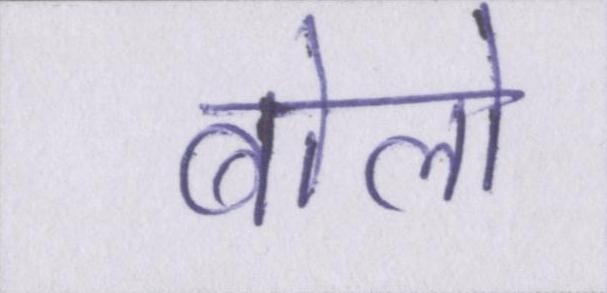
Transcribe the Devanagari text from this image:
बोलो